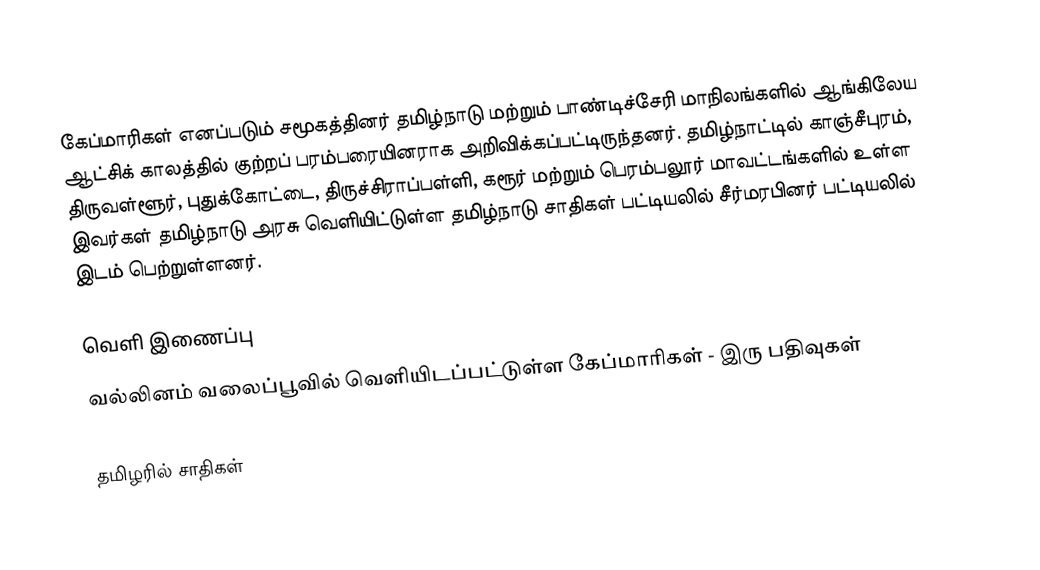
கேப்மாரிகள் எனப்படும் சமூகத்தினர் தமிழ்நாடு மற்றும் பாண்டிச்சேரி மாநிலங்களில் ஆங்கிலேய ஆட்சிக் காலத்தில் குற்றப் பரம்பரையினராக அறிவிக்கப்பட்டிருந்தனர். தமிழ்நாட்டில் காஞ்சீபுரம், திருவள்ளூர், புதுக்கோட்டை, திருச்சிராப்பள்ளி, கரூர் மற்றும் பெரம்பலூர் மாவட்டங்களில் உள்ள இவர்கள் தமிழ்நாடு அரசு வெளியிட்டுள்ள தமிழ்நாடு சாதிகள் பட்டியலில் சீர்மரபினர் பட்டியலில் இடம் பெற்றுள்ளனர்.

வெளி இணைப்பு
வல்லினம் வலைப்பூவில் வெளியிடப்பட்டுள்ள கேப்மாரிகள் - இரு பதிவுகள்

தமிழரில் சாதிகள்